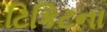
ટિકિટના